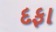
દફા